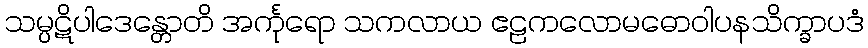
သမ္ပဋိပါဒေန္တောတိ အင်္ကုရော သကလာယ ဧဠကလောမဓောဝါပနသိက္ခာပဒံ